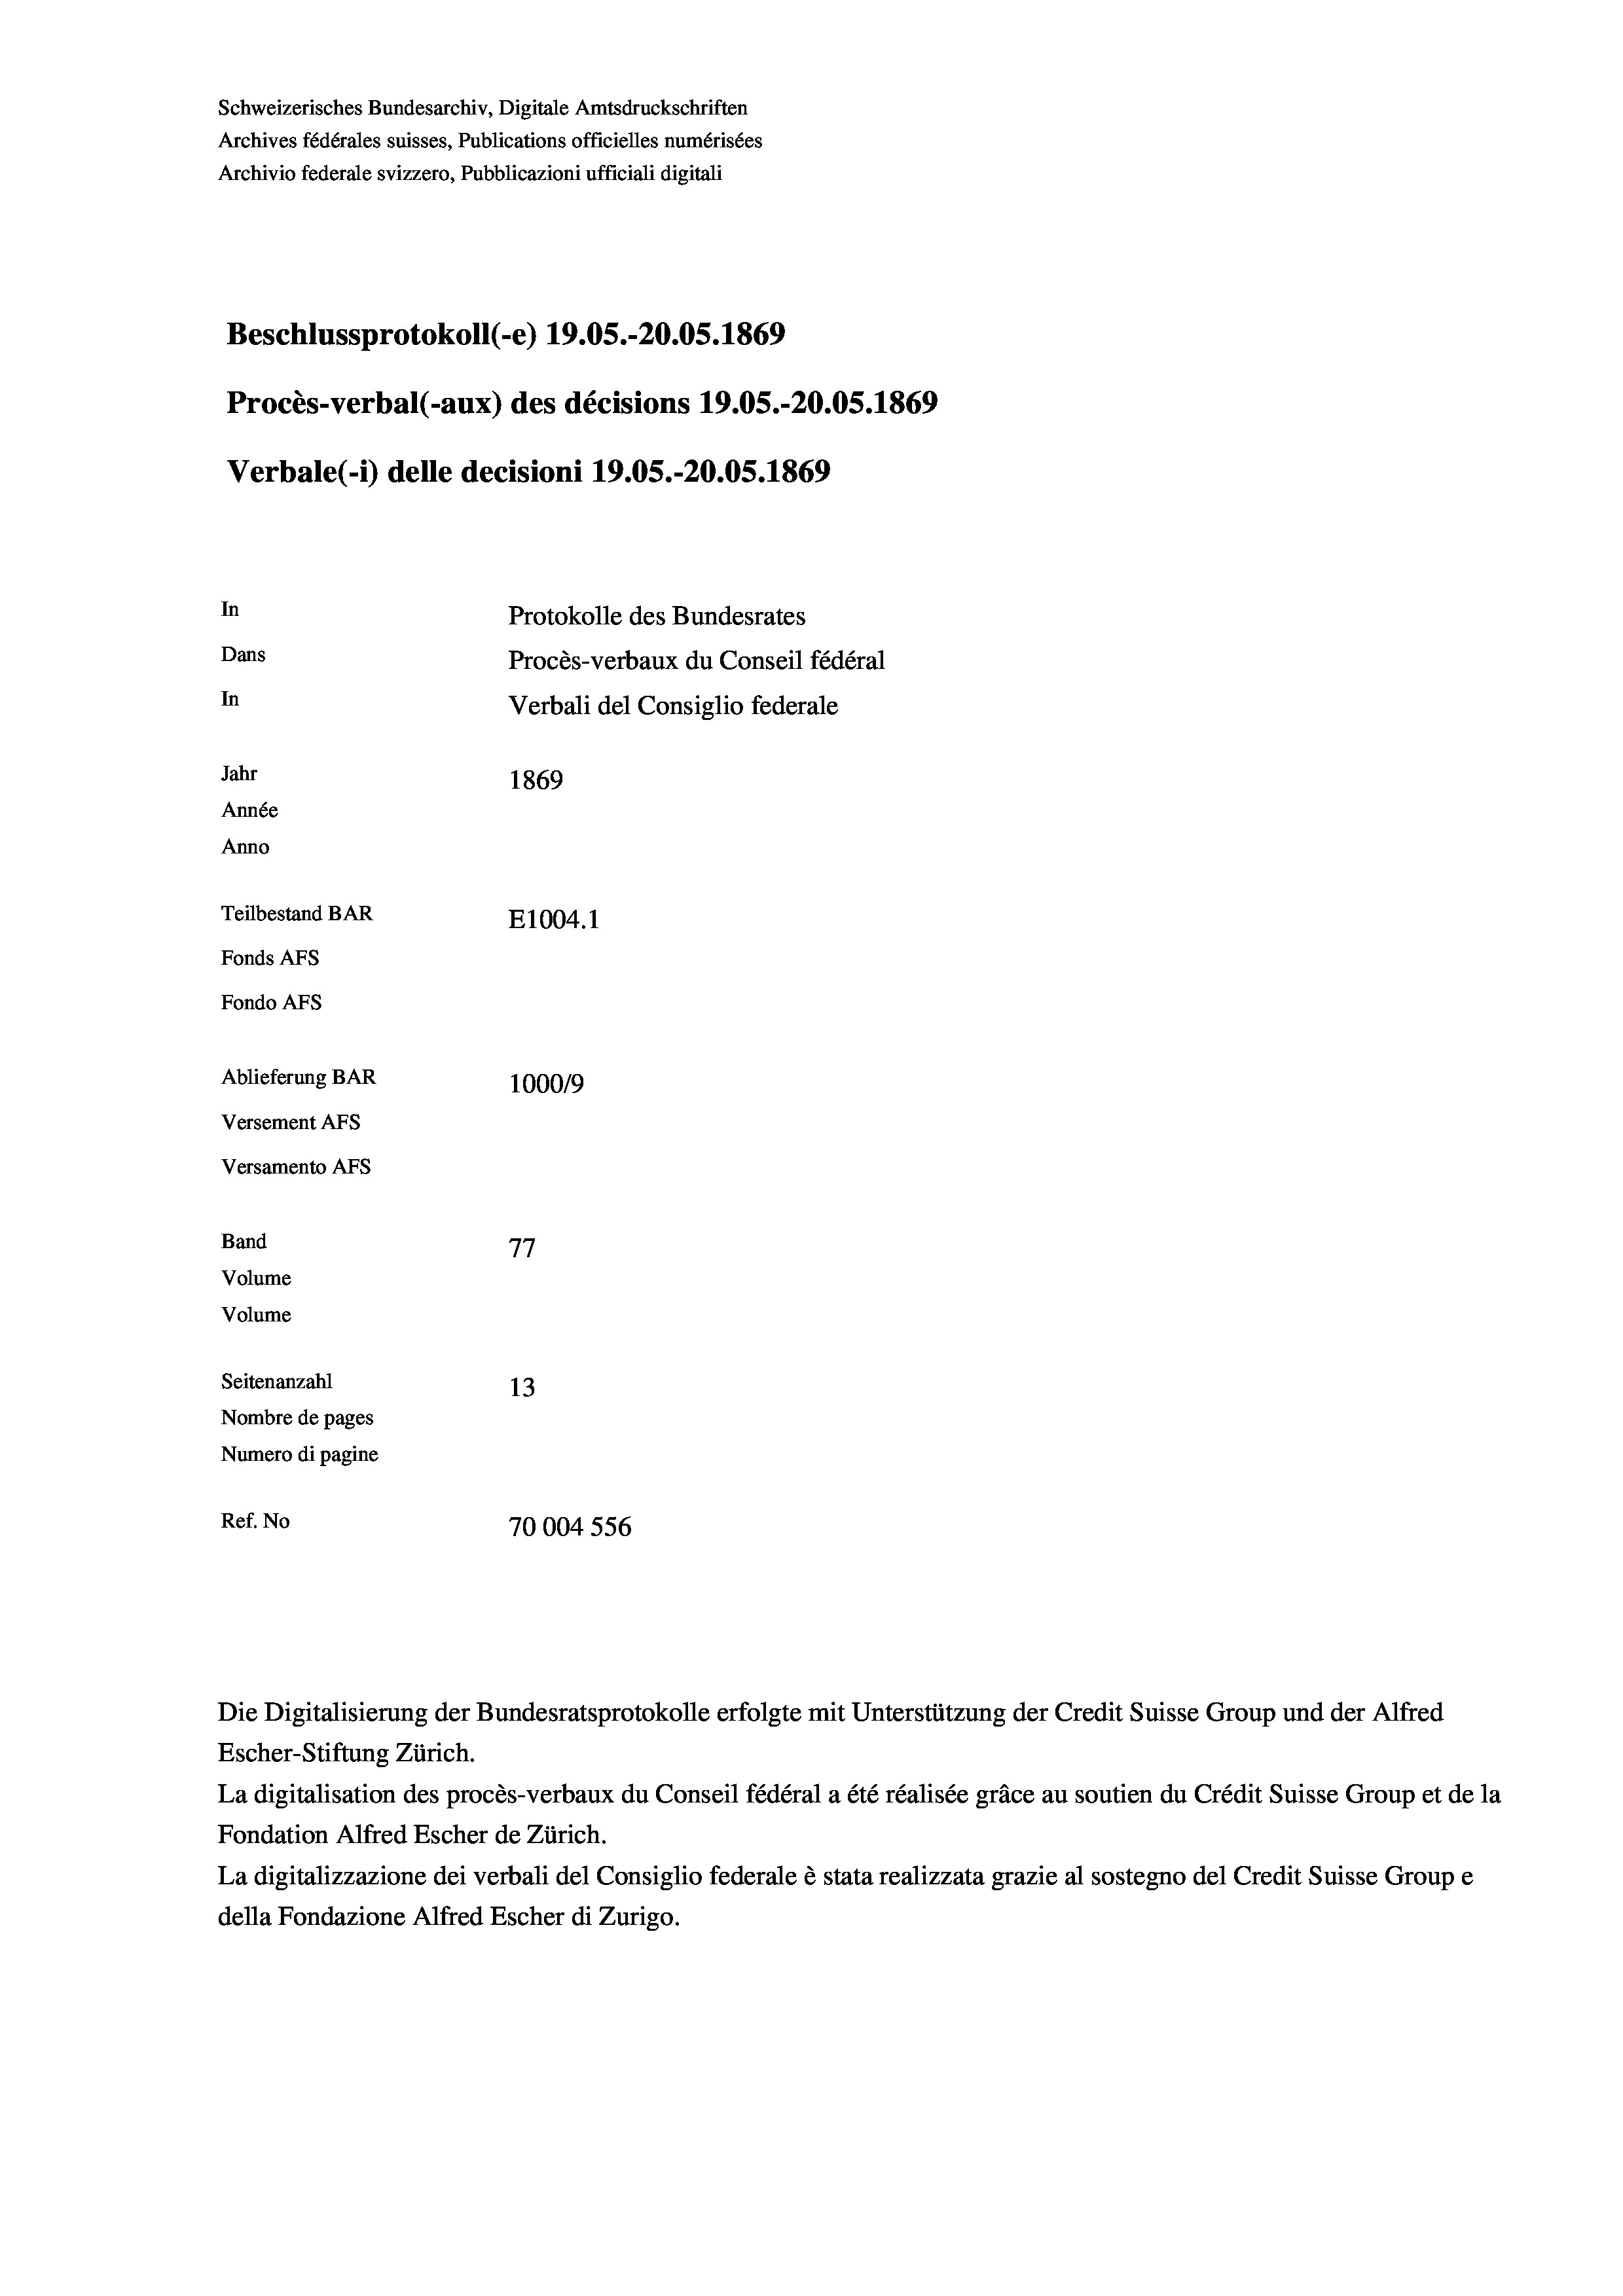
Schweizerisches Bundesarchiv, Digitale Amtsdruckschriften
Archives fédérales suisses, Publications officielles numérisées
Archivio federale svizzero, Pubblicazioni ufficiali digitali
Beschlussprotokoll (-e) 19.05.-20.05. 1869
Procès-verbal (-aux) des décisions 19.05.-20.05. 1869
Verbale(-*) delle decisioni 19.05.-20.05. 1869
In
Protokolle des Bundesrates
Dans
Procès-verbaux du Conseil fédéral
In
Verbali del Consiglio federale
Jahr
1869
Année
Anno
Teilbestand BAR
E1004. 1
Fonds AFs
Fondo Afs
Ablieferung BAR
100019
Versement AFs
Versamento Afs
7.
Band
Volume
Volume
Seitenanzahl
13
Nombre de pages
Numero di pagine
Ref. No
70004 556

La digitalisation des procès-verbaux du Conseil fédéral a été réalisée gräce au soutien du Crédit Suisse Group et de la
Fondation Alfred Escher de Zürich.
La digitalizzazione dei verbali del Consiglio federale è stata realizzata grazie al sostegno del Credit Suisse Groupe
della Fondazione Alfred Escher di Zurigo.

Die Digitalisierung der Bundesratsprotokolle erfolgte mit Unterstützung der Credit Suisse Group und der Alfred
Escher-Stiftung Zürich.